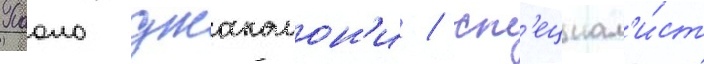
Паоло джакомон'и / сп'ециал'и́ст